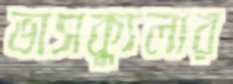
ভাসক্যুলার